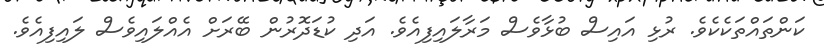
ކަންތައްތަކެކެވެ. ރުޅި އައިސް ބުޅާވެސް މަރާލައިފިއެވެ. އަދި ކުޑަދޮރުން ބޭރަށް އެއްލައިވެސް ލައިފިއެވެ.